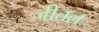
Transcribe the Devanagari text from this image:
जीतल